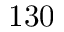
1 3 0